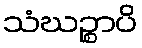
သံဃဉ္စာပိ